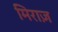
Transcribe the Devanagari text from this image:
मिराज़